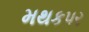
મથકપર